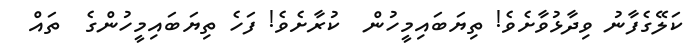
ކަލޭގެފާނު ވިދާޅުވާށެވެ! ތިޔަބައިމީހުން  ކުރާށެވެ! ފަހެ ތިޔަބައިމީހުންގެ  ތައް